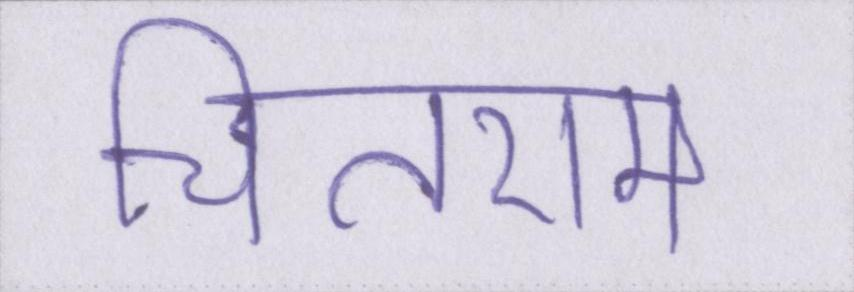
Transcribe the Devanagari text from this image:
चितराम